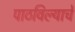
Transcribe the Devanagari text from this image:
पाठविल्याचे